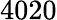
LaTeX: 4020